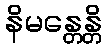
နိမန္တေန္တိ